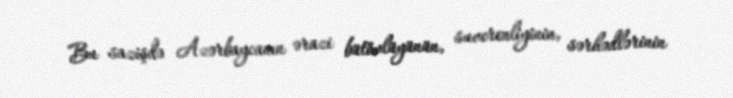
Bu sazişdə Azərbaycanın ərazi bütövlüyünün, suverenliyinin, sərhədlərinin